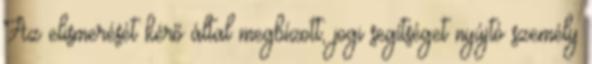
Az elismerését kérő által megbízott, jogi segítséget nyújtó személy